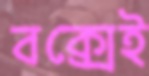
বক্সেই